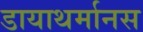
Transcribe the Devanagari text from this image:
डायाथर्मानस